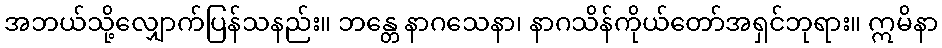
အဘယ်သို့လျှောက်ပြန်သနည်း။ ဘန္တေ နာဂသေနာ၊ နာဂသိန်ကိုယ်တော်အရှင်ဘုရား။ ဣမိနာ